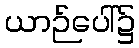
ယာဉ်ပေါ်၌